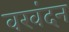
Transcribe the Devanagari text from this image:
वरवंदन